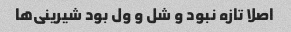
اصلا تازه نبود و شل و ول بود شیرینی‌ها